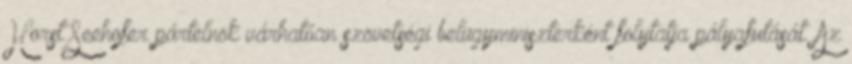
Horst Seehofer pártelnök várhatóan szövetségi belügyminiszterként folytatja pályafutását. Az